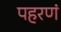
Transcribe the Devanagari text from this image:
पहरणं